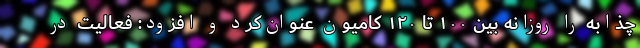
چذابه را روزانه بین ۱۰۰ تا ۱۲۰ کامیون عنوان‌کرد و افزود: فعالیت در